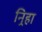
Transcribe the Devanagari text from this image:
निर्‍हा